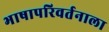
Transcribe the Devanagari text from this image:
भाषापरिवर्तनाला